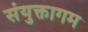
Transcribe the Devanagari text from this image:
संयुक्तागम